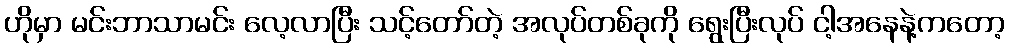
ဟိုမှာ မင်းဘာသာမင်း လေ့လာပြီး သင့်တော်တဲ့ အလုပ်တစ်ခုကို ရွေးပြီးလုပ် ငါ့အနေနဲ့ကတော့